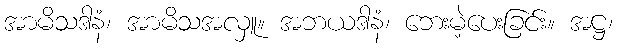
အာမိသဒါနံ၊ အာမိသအလှူ။ အဘယဒါနံ၊ ဘေးမဲ့ပေးခြင်း။ အဋ္ဌ၊